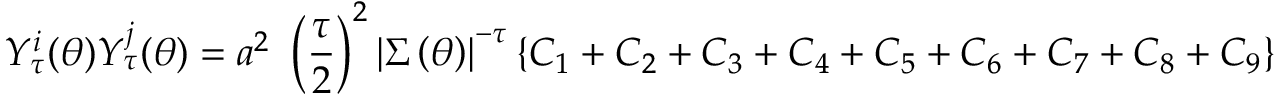
Y _ { \tau } ^ { i } ( \boldsymbol { \theta } ) Y _ { \tau } ^ { j } ( \boldsymbol { \theta } ) = a ^ { 2 } \mathrm { ~ } \left( \frac { \tau } { 2 } \right) ^ { 2 } \left\vert \boldsymbol { \Sigma } \left( \boldsymbol { \theta } \right) \right\vert ^ { - \tau } \left\{ C _ { 1 } + C _ { 2 } + C _ { 3 } + C _ { 4 } + C _ { 5 } + C _ { 6 } + C _ { 7 } + C _ { 8 } + C _ { 9 } \right\}